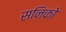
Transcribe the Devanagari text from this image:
सनिको